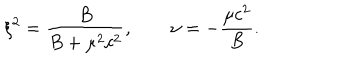
\xi ^ { 2 } = \frac { B } { B + \mu ^ { 2 } c ^ { 2 } } , \qquad \nu = - \frac { \mu c ^ { 2 } } { B } .